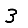
Digit: 3